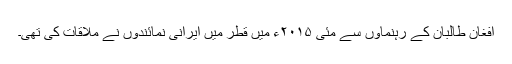
افغان طالبان کے رہنماؤں سے مئی ۲۰۱۵ء میں قطر میں ایرانی نمائندوں نے ملاقات کی تھی۔